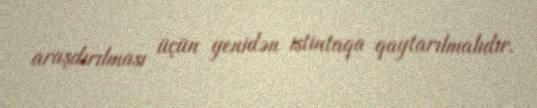
araşdırılması üçün yenidən istintaqa qaytarılmalıdır.